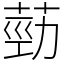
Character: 葝